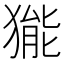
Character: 𤠗